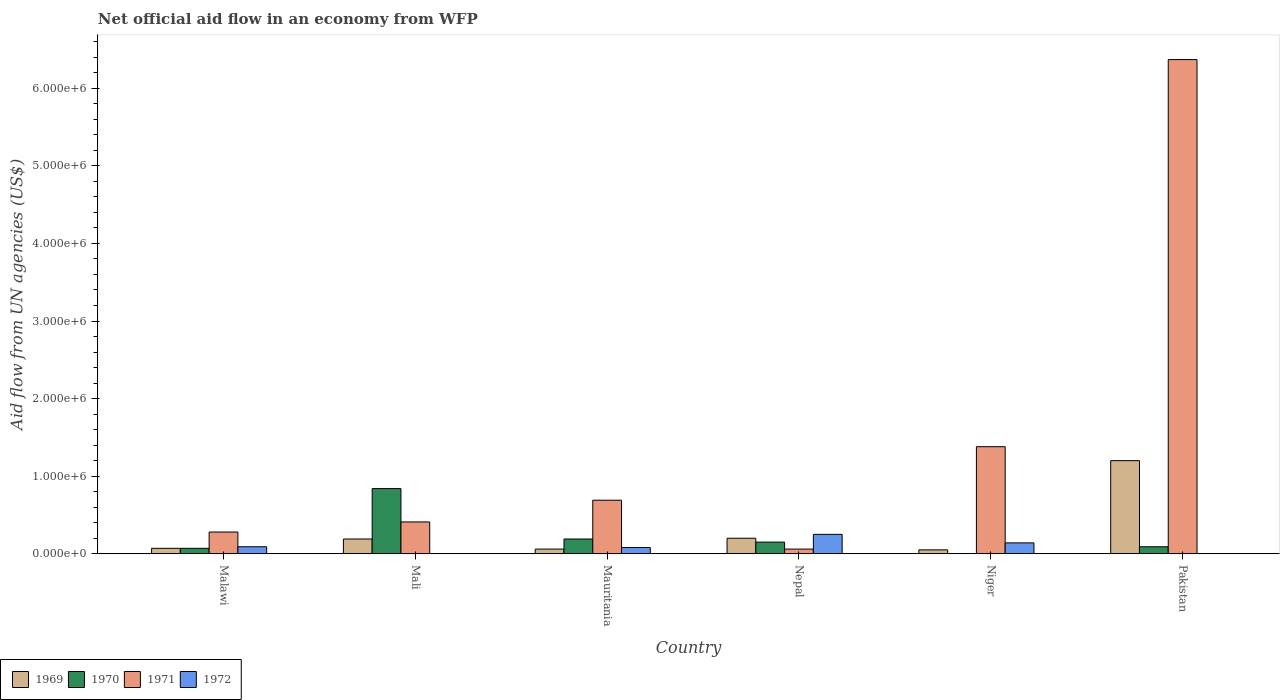
| Country | 1969 | 1970 | 1971 | 1972 |
 | --- | --- | --- | --- | --- |
 | Malawi | 7e+04 | 7e+04 | 2.8e+05 | 9e+04 |
 | Mali | 1.9e+05 | 8.4e+05 | 4.1e+05 | -1.21e+06 |
 | Mauritania | 6e+04 | 1.9e+05 | 6.9e+05 | 8e+04 |
 | Nepal | 2e+05 | 1.5e+05 | 6e+04 | 2.5e+05 |
 | Niger | 5e+04 | -3e+04 | 1.38e+06 | 1.4e+05 |
 | Pakistan | 1.2e+06 | 9e+04 | 6.37e+06 | -2.12e+06 |